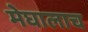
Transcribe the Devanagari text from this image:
मेघालाच